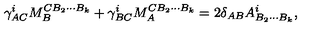
\gamma _ { A C } ^ { i } M _ { B } ^ { C B _ { 2 } \cdots B _ { k } } + \gamma _ { B C } ^ { i } M _ { A } ^ { C B _ { 2 } \cdots B _ { k } } = 2 \delta _ { A B } { A } _ { B _ { 2 } \cdots B _ { k } } ^ { i } ,